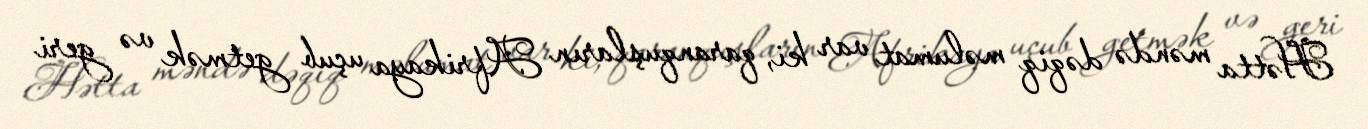
Hətta məndə dəqiq məlumat var ki, qaranquşların Afrikaya uçub getmək və geri